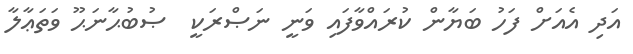
އަދި އެއަށް ފަހު ބަޔާން ކުރައްވާފައި ވަނީ ނަޞްރަކީ  ޞުބުޙާނަޙޫ ވަތަޢާލާ